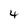
Character: 4